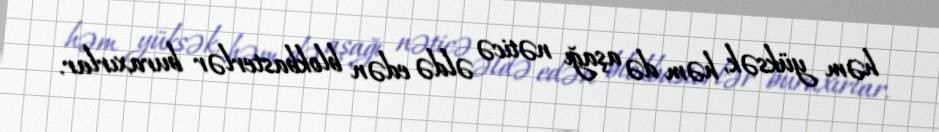
həm yüksək, həm də aşağı nəticə əldə edən blokbasterlər buraxırlar.